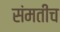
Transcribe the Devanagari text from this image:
संमतीच